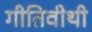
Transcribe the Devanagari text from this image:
गीतिवीथी